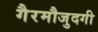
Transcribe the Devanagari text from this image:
गैरमौजुदगी